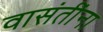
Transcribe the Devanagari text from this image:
वासंतींना